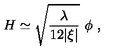
H \simeq \sqrt { \frac { \lambda } { 1 2 | \xi | } } \ \phi \ ,